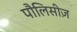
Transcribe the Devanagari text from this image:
पौलिसीज़